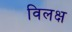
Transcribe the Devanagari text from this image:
विलक्ष